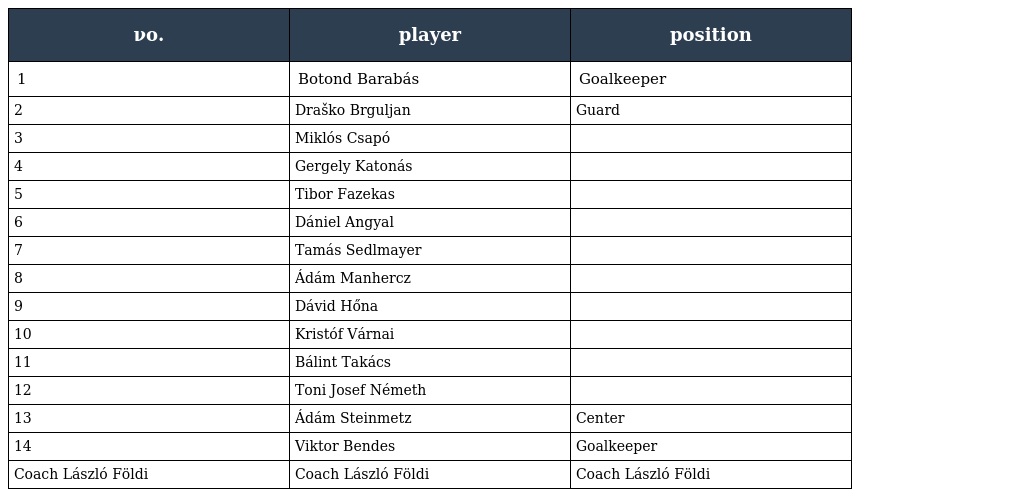
| νο. | player | position |
 | --- | --- | --- |
 | 1 | Botond Barabás | Goalkeeper |
 | 2 | Draško Brguljan | Guard |
 | 3 | Miklós Csapó |  |
 | 4 | Gergely Katonás |  |
 | 5 | Tibor Fazekas |  |
 | 6 | Dániel Angyal |  |
 | 7 | Tamás Sedlmayer |  |
 | 8 | Ádám Manhercz |  |
 | 9 | Dávid Hőna |  |
 | 10 | Kristóf Várnai |  |
 | 11 | Bálint Takács |  |
 | 12 | Toni Josef Németh |  |
 | 13 | Ádám Steinmetz | Center |
 | 14 | Viktor Bendes | Goalkeeper |
 | Coach László Földi | Coach László Földi | Coach László Földi |